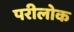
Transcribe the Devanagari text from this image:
परीलोक